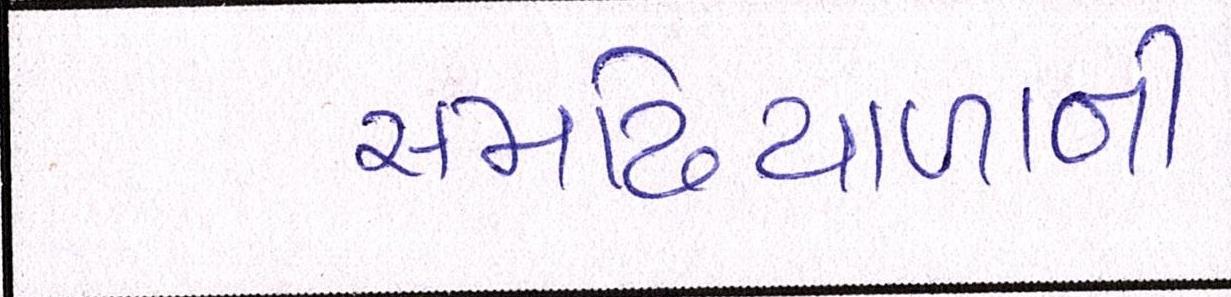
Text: સમઢિયાળાની